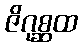
ဇိဂုစ္ဆထ